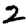
Digit: 2